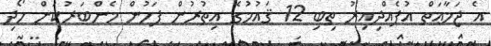
އެ ޖަމާޢަތް އުފެއްދިއިރު ތިބި 12 ޤައުމުގެ އިތުރުން ފަހުން މެންބަރުކަން ހޯދި